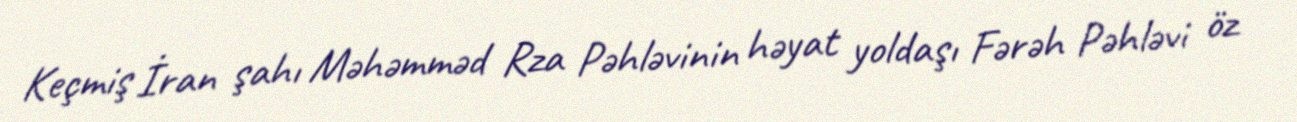
Keçmiş İran şahı Məhəmməd Rza Pəhləvinin həyat yoldaşı Fərəh Pəhləvi öz